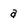
Character: a